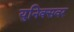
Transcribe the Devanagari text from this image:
युनिक्सवर